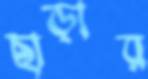
ছাড়ার